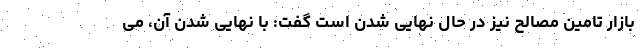
بازار تامین مصالح نیز در حال نهایی شدن است گفت: با نهایی شدن آن، می